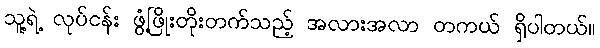
သူ့ရဲ့ လုပ်ငန်း ဖွံ့ဖြိုးတိုးတက်သည့် အလားအလာ တကယ် ရှိပါတယ်။